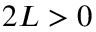
2 L > 0